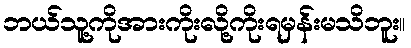
ဘယ်သူ့ကိုအားကိုးလို့ကိုးရမှန်းမသိဘူး။